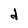
Character: d